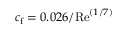
c _ { \mathrm { f } } = 0 . 0 2 6 / \mathrm { R e } ^ { ( 1 / 7 ) }